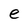
Character: e